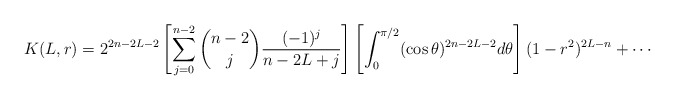
\begin{align*} K(L,r)&=2^{2n-2L-2}\left[\sum_{j=0}^{n-2} \binom{n-2}{j}\frac{(-1)^j}{n-2L+j}\right]\left[\int_0^{\pi/2} (\cos\theta)^{2n-2L-2} d\theta\right] (1-r^2)^{2L-n}+\cdots \end{align*}